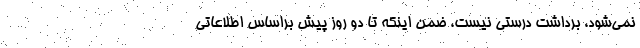
نمی‌شود، برداشت درستی نیست، ضمن اینکه تا دو روز پیش براساس اطلاعاتی